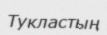
Тукластың